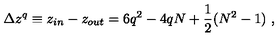
\Delta z ^ { q } \equiv z _ { i n } - z _ { o u t } = 6 q ^ { 2 } - 4 q N + { \frac { 1 } { 2 } } ( N ^ { 2 } - 1 ) \ ,